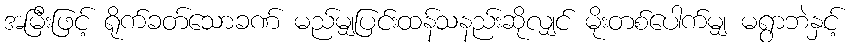
အမြီးဖြင့် ရိုက်ခတ်သောခဏ် မည်မျှပြင်းထန်သနည်းဆိုလျှင် မိုးတစ်ပေါက်မျှ မရွာဘဲနှင့်